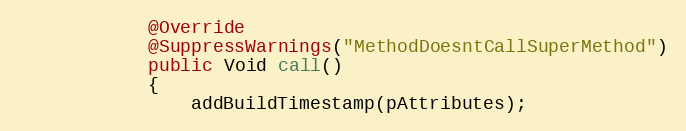
Language: Java
            @Override
            @SuppressWarnings("MethodDoesntCallSuperMethod")
            public Void call()
            {
                addBuildTimestamp(pAttributes);